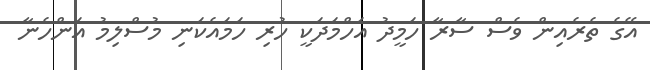
އޭގެ ތެރެއިން ވެސް ސާރާ ހަމީދު އަހްމަދަކީ ހުރި ހަމައެކަނި މުސްލިމު އަންހެނާ